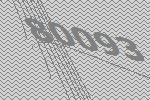
80093